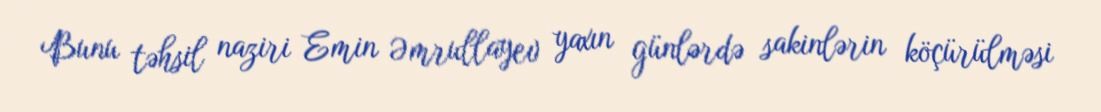
Bunu təhsil naziri Emin Əmrullayev yaxın günlərdə sakinlərin köçürülməsi